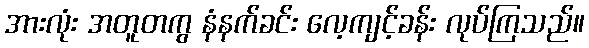
အားလုံး အတူတကွ နံနက်ခင်း လေ့ကျင့်ခန်း လုပ်ကြသည်။